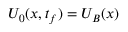
U _ { 0 } ( { \boldsymbol { x } } , t _ { f } ) = U _ { B } ( { \boldsymbol { x } } )